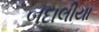
બદાલીયા